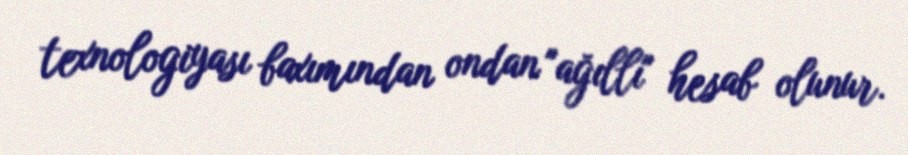
texnologiyası baxımından ondan "ağıllı" hesab olunur.